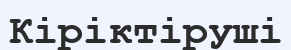
Кіріктіруші